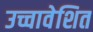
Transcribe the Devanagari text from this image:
उच्चावेशित